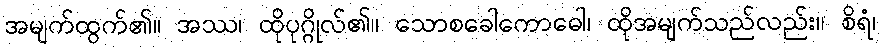
အမျက်ထွက်၏။ အဿ၊ ထိုပုဂ္ဂိုလ်၏။ သောစခေါကောဓေါ၊ ထိုအမျက်သည်လည်း။ စိရံ၊